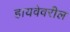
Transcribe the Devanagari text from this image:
हायवेवरील